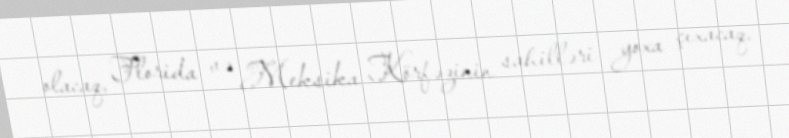
olacaq, Florida və Meksika Körfəzinin sahilləri yoxa çıxacaq.